Indian journal of veterinary science and animal husbandry - Volume 7,
Year: 1937
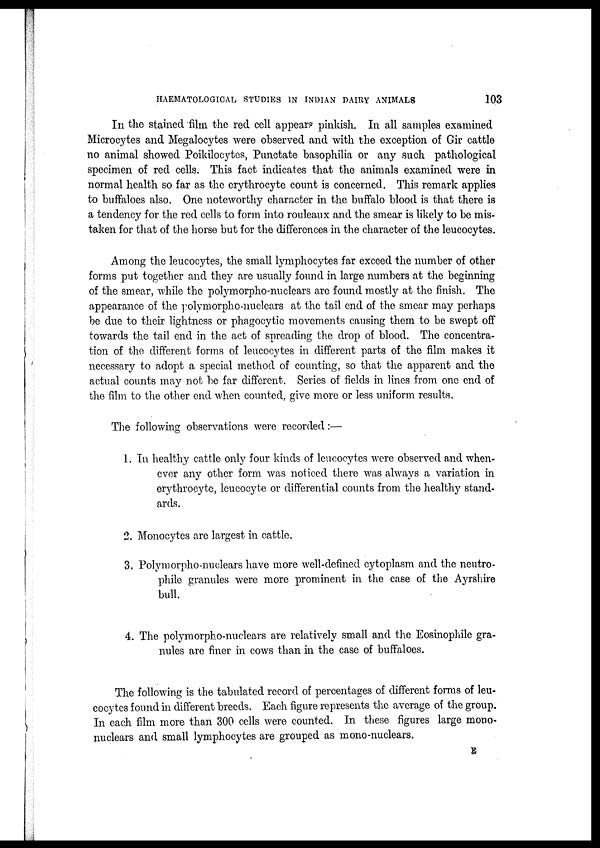
HAEMATOLOGICAL STUDIES IN INDIAN DAIRY ANIMALS
103
In the stained film the red cell appears pinkish. In all samples examined
Microcytes and Megalocytes were observed and with the exception of Gir cattle
no animal showed Poikilocytes, Punctate basophilia or any such pathological
specimen of red cells. This fact indicates that the animals examined were in
normal health so far as the erythrocyte count is concerned. This remark applies
to buffaloes also. One noteworthy character in the buffalo blood is that there is
a tendency for the red cells to form into rouleaux and the smear is likely to be mis-
taken for that of the horse but for the differences in the character of the leucocytes.
Among the leucocytes, the small lymphocytes far exceed the number of other
forms put together and they are usually found in large numbers at the beginning
of the smear, while the polymorpho-nuclears are found mostly at the finish. The
appearance of the polymorpho-nuclears at the tail end of the smear may perhaps
be due to their lightness or phagocytic movements causing them to be swept off
towards the tail end in the act of spreading the drop of blood. The concentra-
tion of the different forms of leucocytes in different parts of the film makes it
necessary to adopt a special method of counting, so that the apparent and the
actual counts may not be far different. Series of fields in lines from one end of
the film to the other end when counted, give more or less uniform results.
The following observations were recorded :—
1. In healthy cattle only four kinds of leucocytes were observed and when-
ever any other form was noticed there was always a variation in
erythrocyte, leucocyte or differential counts from the healthy stand-
ards.
2. Monocytes are largest in cattle.
3. Polymorpho-nuclears have more well-defined cytoplasm and the neutro¬
phile granules were more prominent in the case of the Ayrshire
bull.
4. The polymorpho-nuclears are relatively small and the Eosinophile gra-
nules are finer in cows than in the case of buffaloes.
The following is the tabulated record of percentages of different forms of leu-
cocytes found in different breeds. Each figure represents the average of the group.
In each film more than 300 cells were counted. In these figures large mono*
nuclears and small lymphocytes are grouped as mono-nuclears.
E